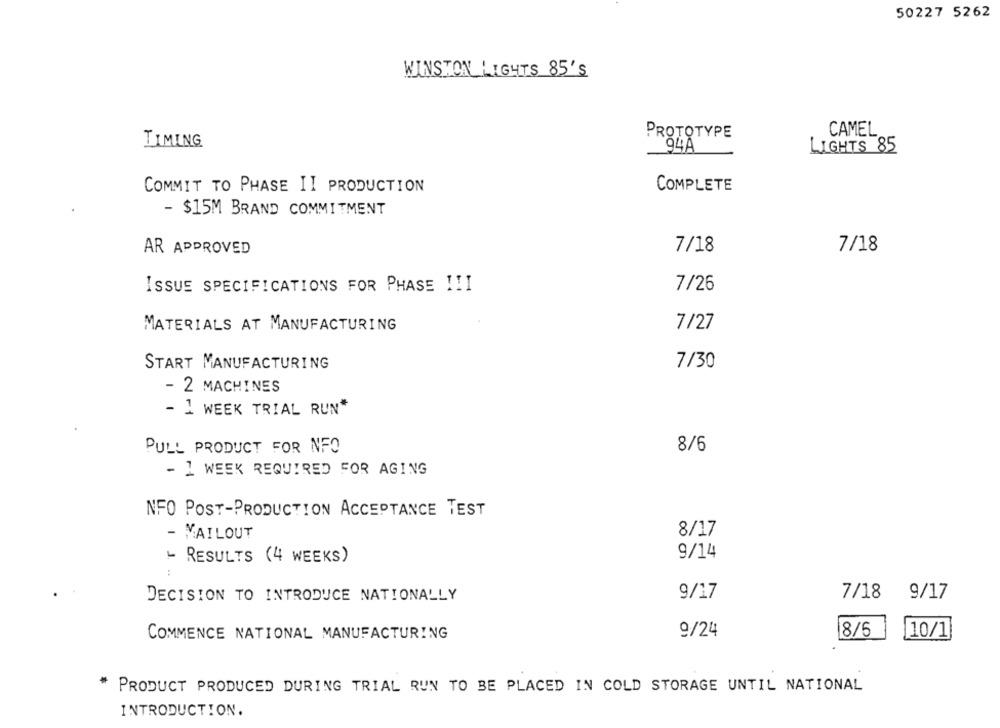
50227 5262
WINSTON LIGHTS 85'S
CAMEL
PROTOTYPE
TIMING
94A
LIGHTS 85
COMMIT TO PHASE II PRODUCTION
COMPLETE
- $15M BRAND COMMITMENT
7/18
AR APPROVED
7/18
ISSUE SPECIFICATIONS FOR PHASE !! I
7/26
MATERIALS AT MANUFACTURING
7/27
7/30
START MANUFACTURING
- 2 MACHINES
- 1 WEEK TRIAL RUN"
PULL PRODUCT FOR NFO
8/6
- 1 WEEK REQUIRED FOR AGING
NFO POST-PRODUCTION ACCEPTANCE TEST
- MAILOUT
8/17
- RESULTS (4 WEEKS)
9/14
9/17
7/18
9/17
DECISION TO INTRODUCE NATIONALLY
9/24
8/5
COMMENCE NATIONAL MANUFACTURING
10/1
PRODUCT PRODUCED DURING TRIAL RUN TO BE PLACED IN COLD STORAGE UNTIL NATIONAL
INTRODUCTION.